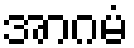
အာဂမံ